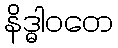
နိဒ္ဓါဝတေ